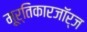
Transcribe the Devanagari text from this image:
मूर्तिकारजॉर्ज